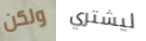
ولكن ليشتري